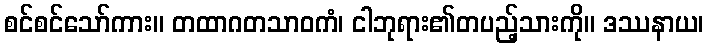
စင်စင်သော်ကား။ တထာဂတသာဝကံ၊ ငါဘုရား၏တပည့်သားကို။ ဒဿနာယ၊